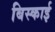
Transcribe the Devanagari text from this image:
बिस्काई